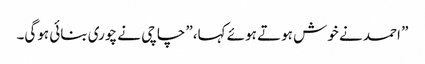
” احمد نے خوش ہوتے ہوئے کہا،” چاچی نے چوری بنائی ہوگی۔